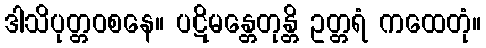
ဒါသိပုတ္တဝစနေ။ ပဋိမန္တေတုန္တိ ဥတ္တရံ ကထေတုံ။